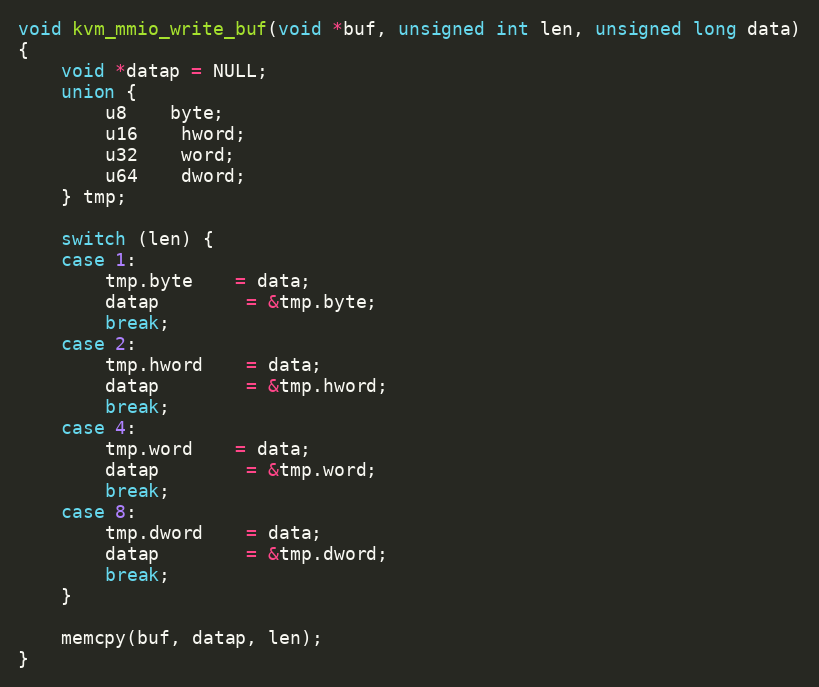
Language: C
void kvm_mmio_write_buf(void *buf, unsigned int len, unsigned long data)
{
	void *datap = NULL;
	union {
		u8	byte;
		u16	hword;
		u32	word;
		u64	dword;
	} tmp;

	switch (len) {
	case 1:
		tmp.byte	= data;
		datap		= &tmp.byte;
		break;
	case 2:
		tmp.hword	= data;
		datap		= &tmp.hword;
		break;
	case 4:
		tmp.word	= data;
		datap		= &tmp.word;
		break;
	case 8:
		tmp.dword	= data;
		datap		= &tmp.dword;
		break;
	}

	memcpy(buf, datap, len);
}